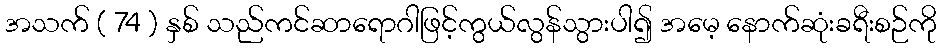
အသက် ( 74 ) နှစ် သည်ကင်ဆာရောဂါဖြင့်ကွယ်လွန်သွားပါ၍ အမေ့ နောက်ဆုံးခရီးစဉ်ကို